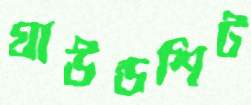
গ্রাউন্ডশিট